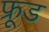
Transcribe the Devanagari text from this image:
फ्रूड